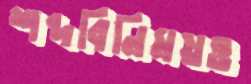
শব্দবিনিময়ও